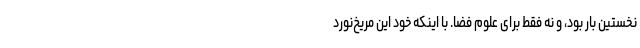
نخستین بار بود، و نه فقط برای علوم فضا. با اینکه خود این مریخ‌نورد